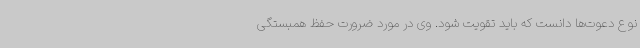
نوع دعوت‌ها دانست که باید تقویت شود. وی در مورد ضرورت حفظ همبستگی